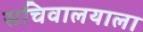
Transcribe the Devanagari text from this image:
सचिवालयाला